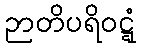
ဉာတိပရိဝဋ္ဋံ